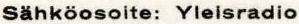
Sähköosoite: Yleisradio